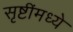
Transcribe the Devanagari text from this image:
सृष्टींमध्ये